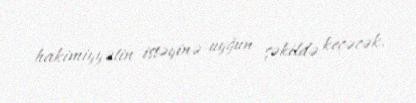
hakimiyyətin istəyinə uyğun şəkildə keçəcək.